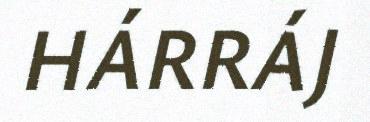
HÁRRÁJ